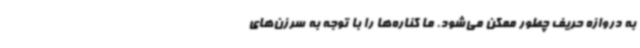
به دروازه حریف چطور ممکن می‌شود. ما کناره‌ها را با توجه به سرزن‌های